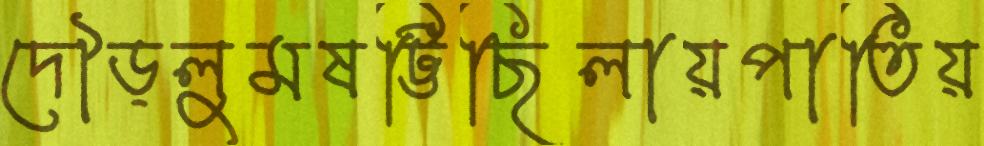
দৌড়লুমষট্টিছিলায়পাতিয়